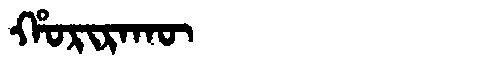
Manchu: ᡥᠣᡵᡳᡵᠠᡴᡡ
Romanization: HORIRAKŪ